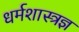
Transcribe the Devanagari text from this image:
धर्मशास्त्रज्ञ